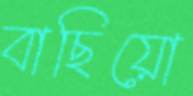
বাছিয়ো